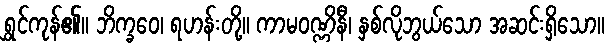
ရွှင်ကုန်၏။ ဘိက္ခဝေ၊ ရဟန်းတို့။ ကာမဝဏ္ဏိနီ၊ နှစ်လိုဘွယ်သော အဆင်းရှိသော။